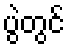
ပွဲတွင်